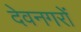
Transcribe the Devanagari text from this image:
देवनगरों